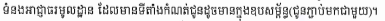
ទំនងអាជ្ញាធរមូលដ្ឋាន ដែលមានទីតាំងកំណត់ជូនដូចមានក្នុងឧបសម្ព័ន្ធ(ជូនភ្ជាប់ជាមួយ)។